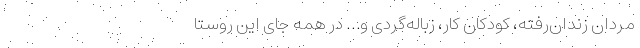
مردان زندان‌رفته، کودکان کار، زباله‌گردی و… در همه‌ جای این روستا